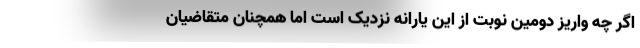
اگر چه واریز دومین نوبت از این یارانه نزدیک است اما همچنان متقاضیان